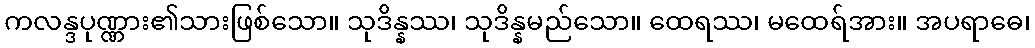
ကလန္ဒပုဏ္ဏား၏သားဖြစ်သော။ သုဒိန္နဿ၊ သုဒိန္နမည်သော။ ထေရဿ၊ မထေရ်အား။ အပရာဓေ၊